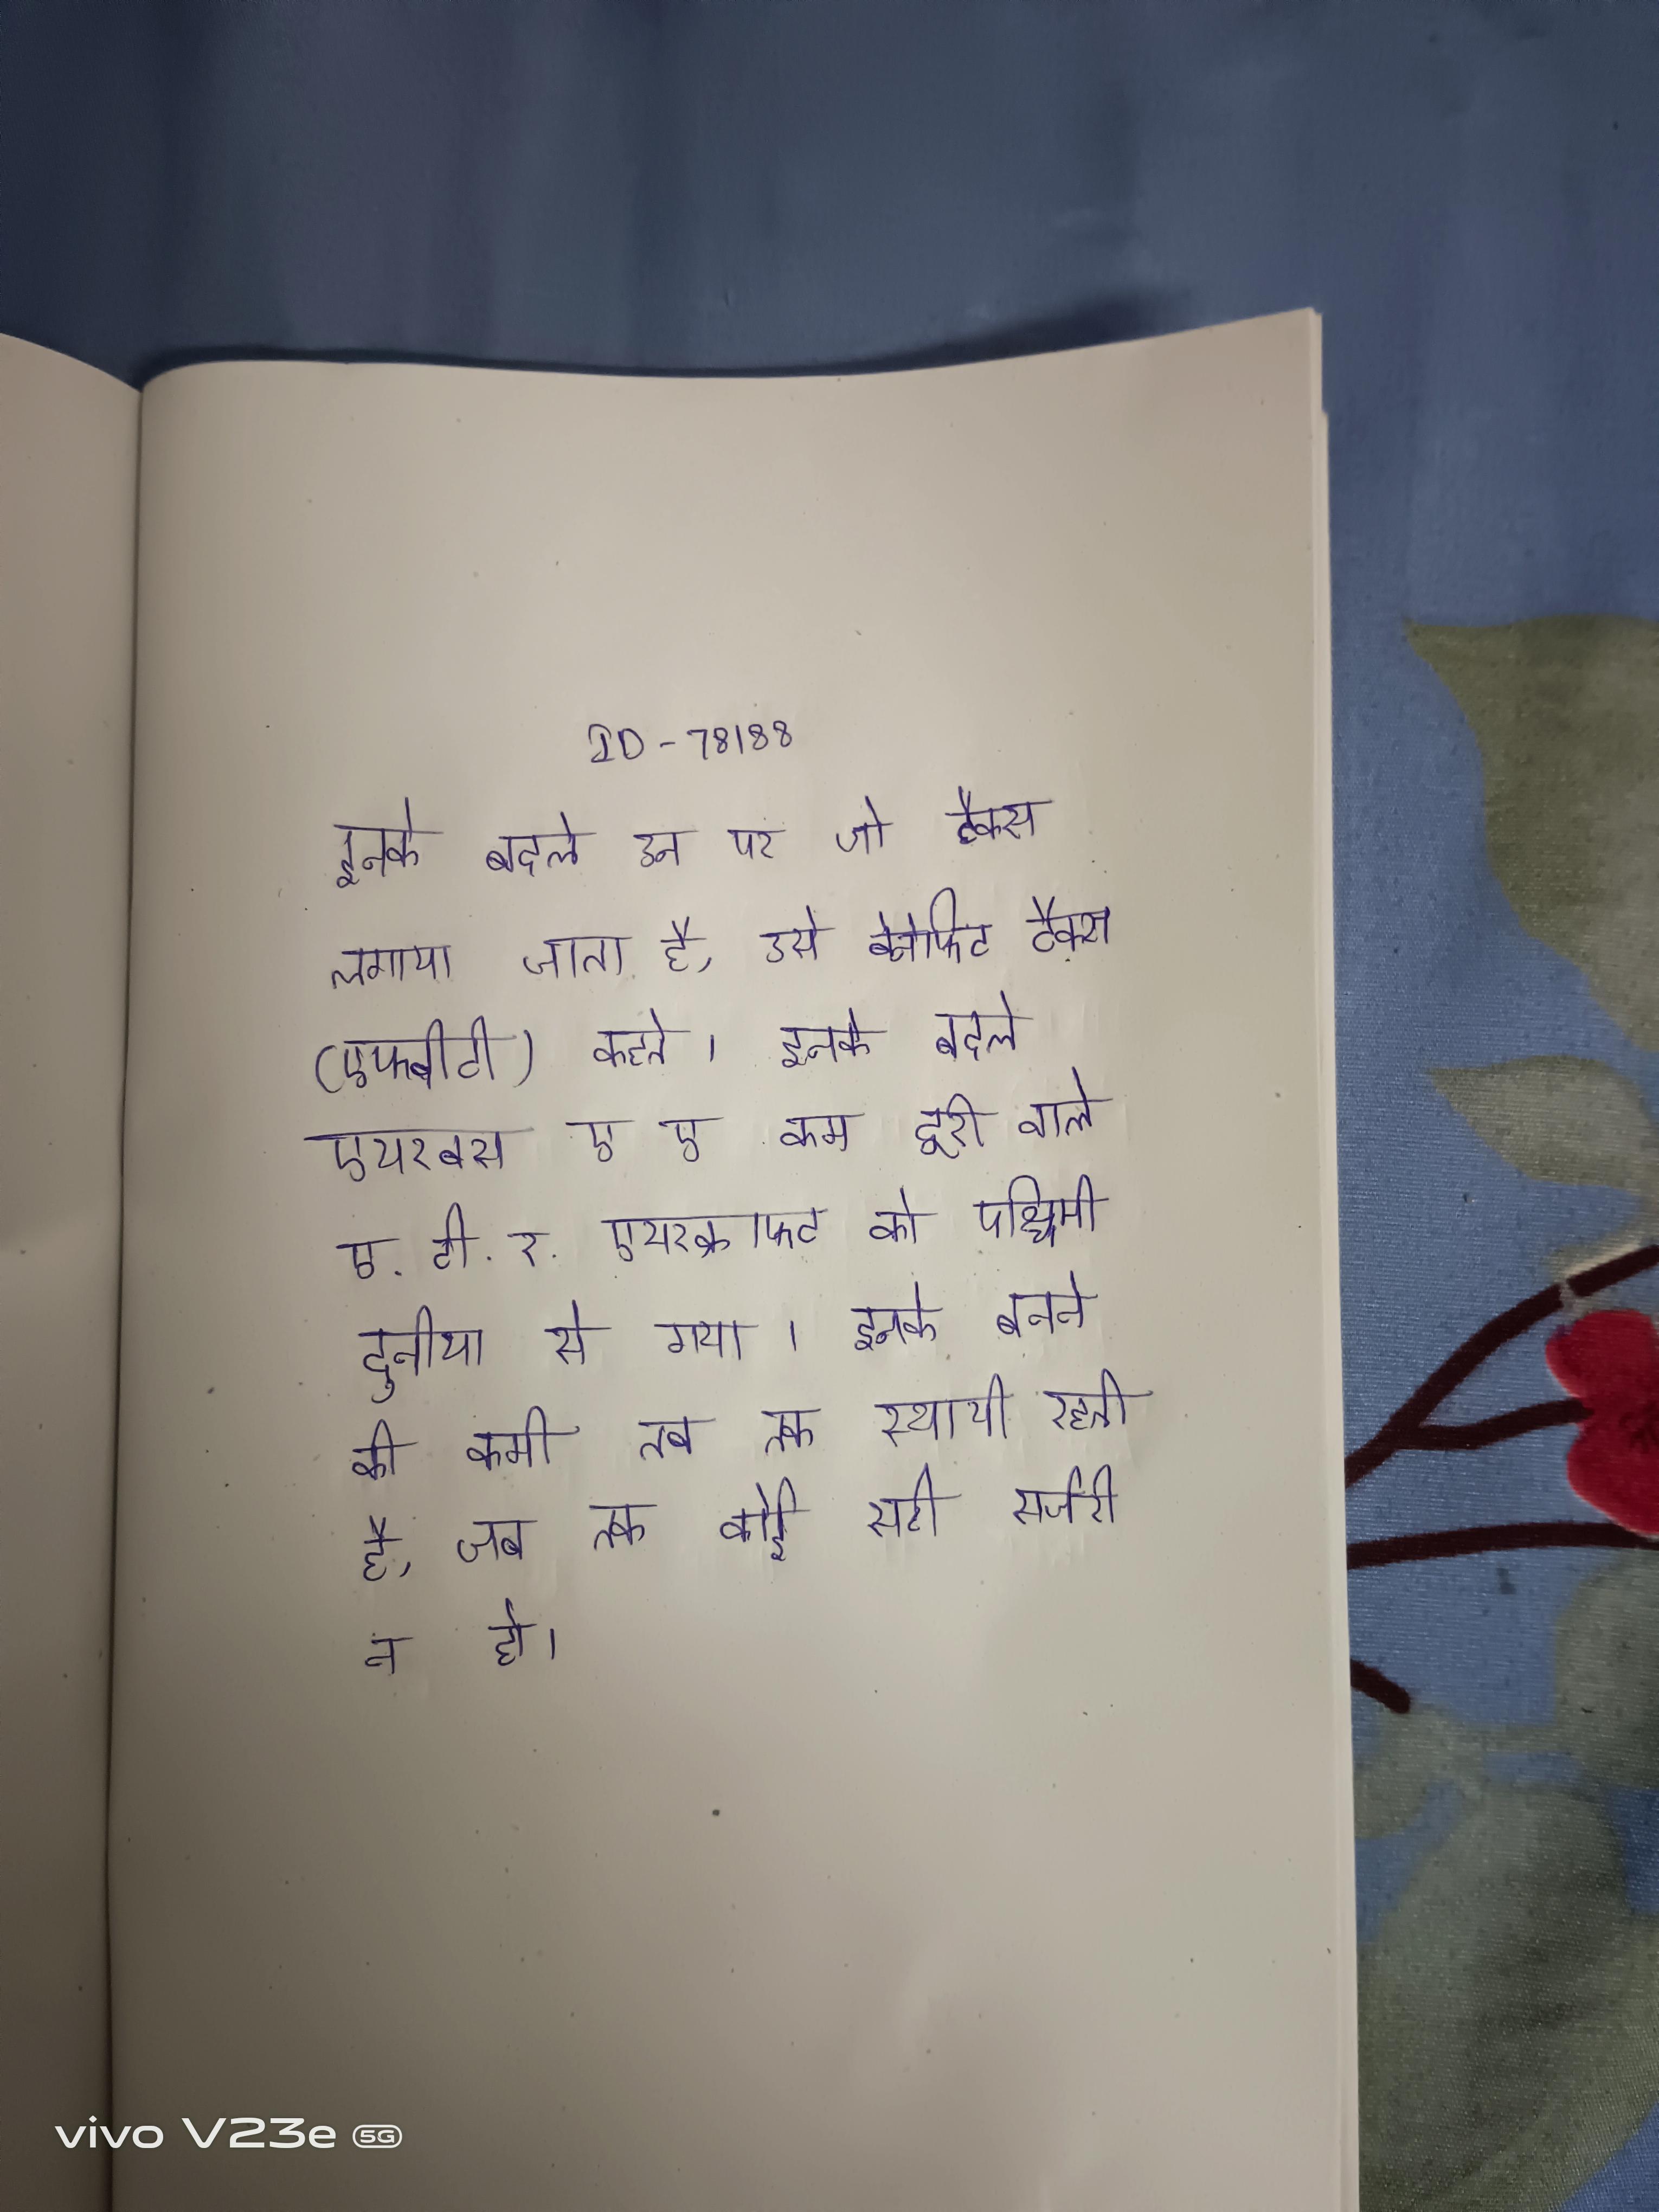
इनके बदले उन पर जो टैक्स लगाया जाता है, उसे बेनेफिट टैक्स (एफबीटी) कहते । इनके बदले एयरबस ए ए कम दूरी वाले ए.टी.ऱ.एयरक्राफ्ट को पश्चिमी दुनिया से गया । इनके बनने की कमी तब तक स्थायी रहती है, जब तक कोई सही सर्जरी न हो ।